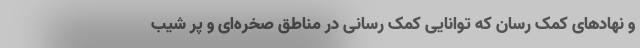
و نهاد‌های کمک رسان که توانایی کمک رسانی در مناطق صخره‌ای و پر شیب